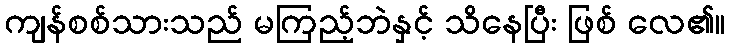
ကျန်စစ်သားသည် မကြည့်ဘဲနှင့် သိနေပြီး ဖြစ် လေ၏။